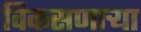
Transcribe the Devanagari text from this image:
विकसणाऱ्या